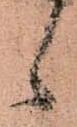
候